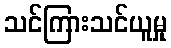
သင်ကြားသင်ယူမှု